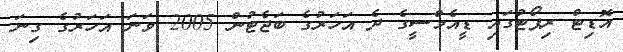
އޮޑިޓް ރިޕޯޓުގައި ޑީއެމްސީގެ ދެ އަހަރުގެ ބަޖެޓުން 2005 ވަނަ އަހަރުގެ ގިނަ